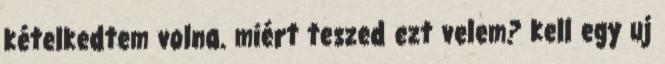
kételkedtem volna. miért teszed ezt velem? kell egy uj